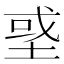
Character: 𡌳